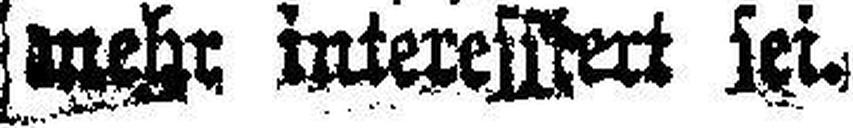
mehr interessiert sei.